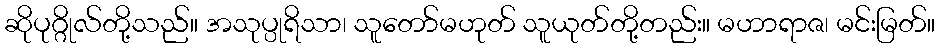
ဆိုပုဂ္ဂိုလ်တို့သည်။ အသုပ္ပုရိသာ၊ သူတော်မဟုတ် သူယုတ်တို့တည်း။ မဟာရာဇ၊ မင်းမြတ်။